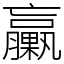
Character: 臝